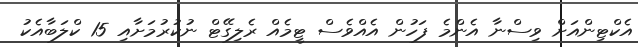
އެކްޓިންއަށް ވިސްނާ އެންމެ ފަހުން އެއްވެސް ޓީމެއް ރެލިގޭޓް ނުކުރުމަށާއި 15 ކްލަބާއެކު